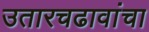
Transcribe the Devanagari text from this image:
उतारचढावांचा